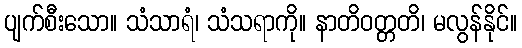
ပျက်စီးသော။ သံသာရံ၊ သံသရာကို။ နာတိဝတ္တတိ၊ မလွန်နိုင်။